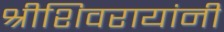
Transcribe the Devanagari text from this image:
श्रीशिवरायांनी